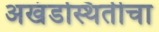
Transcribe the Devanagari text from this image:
अखंडस्थितीचा